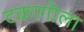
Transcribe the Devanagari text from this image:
टकागीला